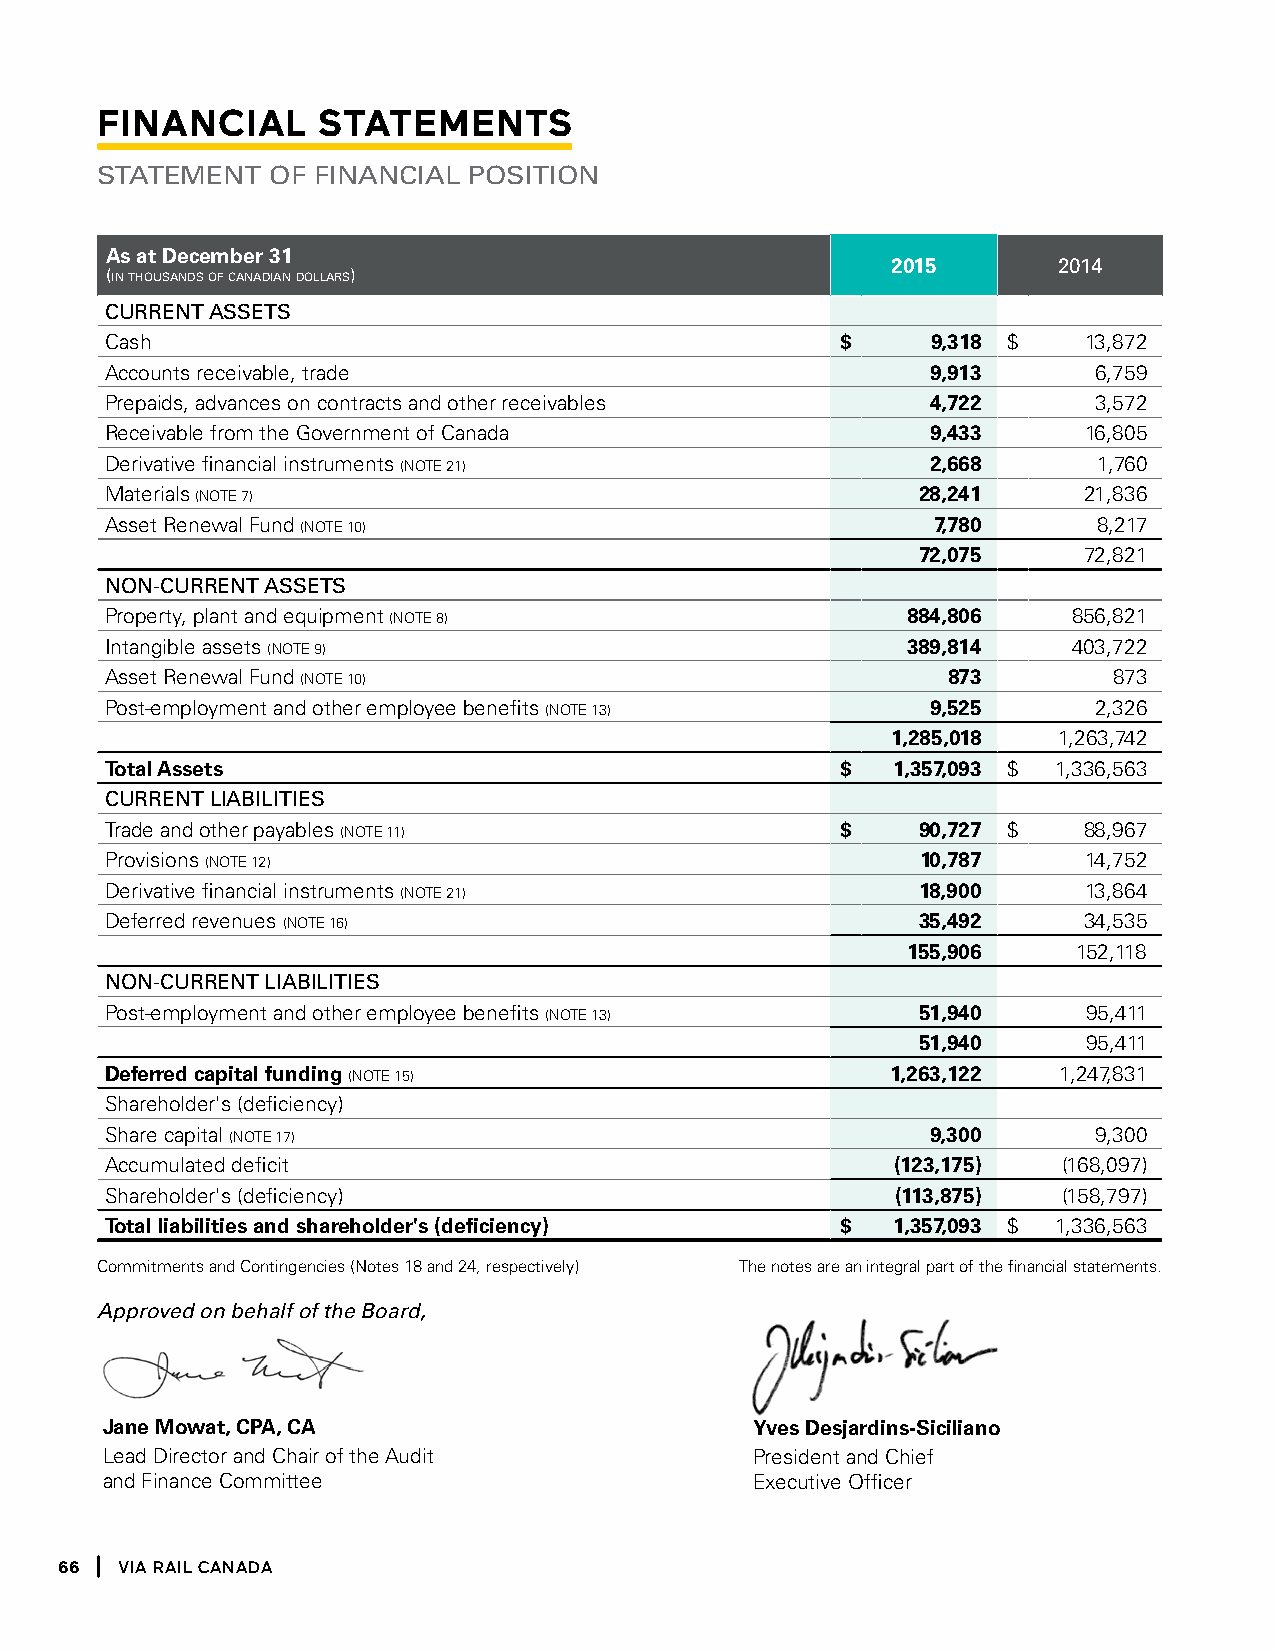
Financial      stateMents
 Statement   of financial PoSition
 As at December 31
 2015       2014
 (in thousands of canadian dollars)
 current aSSetS
 Cash                                             $     9,318 $   13,872
 Accounts receivable, trade                             9,913      6,759
 Prepaids, advances on contracts and other receivables  4,722      3,572
 Receivable from the Government of Canada               9,433     16,805
 Derivative financial instruments (NOTE 21)             2,668      1,760
 Materials (NOTE 7)                                    28,241     21,836
 Asset Renewal Fund (NOTE 10)                           7,780      8,217
 72,075     72,821
 non-current aSSetS
 Property, plant and equipment (NOTE 8)               884,806    856,821
 Intangible assets (NOTE 9)                           389,814    403,722
 Asset Renewal Fund (NOTE 10)                            873        873
 Post-employment and other employee benefits (NOTE 13)  9,525      2,326
 1,285,018  1,263,742
 Total Assets                                     $  1,357,093 $ 1,336,563
 current liabilitieS
 Trade and other payables (NOTE 11)               $    90,727 $   88,967
 Provisions (NOTE 12)                                  10,787     14,752
 Derivative financial instruments (NOTE 21)            18,900     13,864
 Deferred revenues (NOTE 16)                           35,492     34,535
 155,906    152,118
 non-current liabilitieS
 Post-employment and other employee benefits (NOTE 13) 51,940     95,411
 51,940     95,411
 Deferred capital funding (NOTE 15)                  1,263,122  1,247,831
 Shareholder's (deficiency)
 Share capital (NOTE 17)                                9,300     9,300
 Accumulated deficit                                 (123,175)  (168,097)
 Shareholder's (deficiency)                          (113,875)  (158,797)
 Total liabilities and shareholder's (deficiency) $  1,357,093 $ 1,336,563
 Commitments and Contingencies (Notes 18 and 24, respectively) The notes are an integral part of the financial statements.
 Approved on behalf of the Board,
 Jane Mowat, CPA, CA                        Yves Desjardins-Siciliano
 Lead Director and Chair of the Audit       President and Chief
 and Finance Committee                      Executive Officer
 66  Via Rail Canada